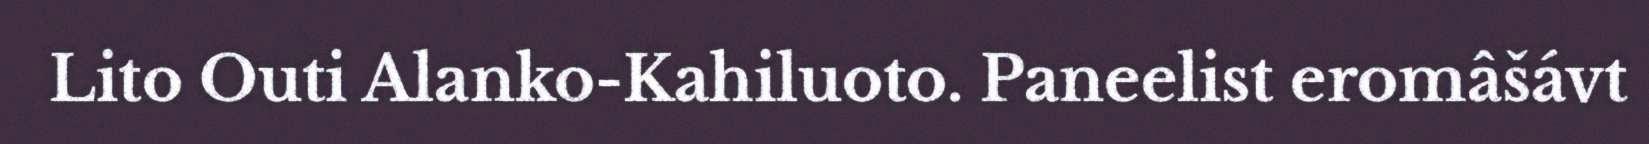
Lito Outi Alanko-Kahiluoto. Paneelist eromâšávt